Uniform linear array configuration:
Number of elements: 48
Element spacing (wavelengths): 0.75
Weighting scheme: hamming
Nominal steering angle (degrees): -60
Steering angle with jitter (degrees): -58.216
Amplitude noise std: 0.05
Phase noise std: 0.05

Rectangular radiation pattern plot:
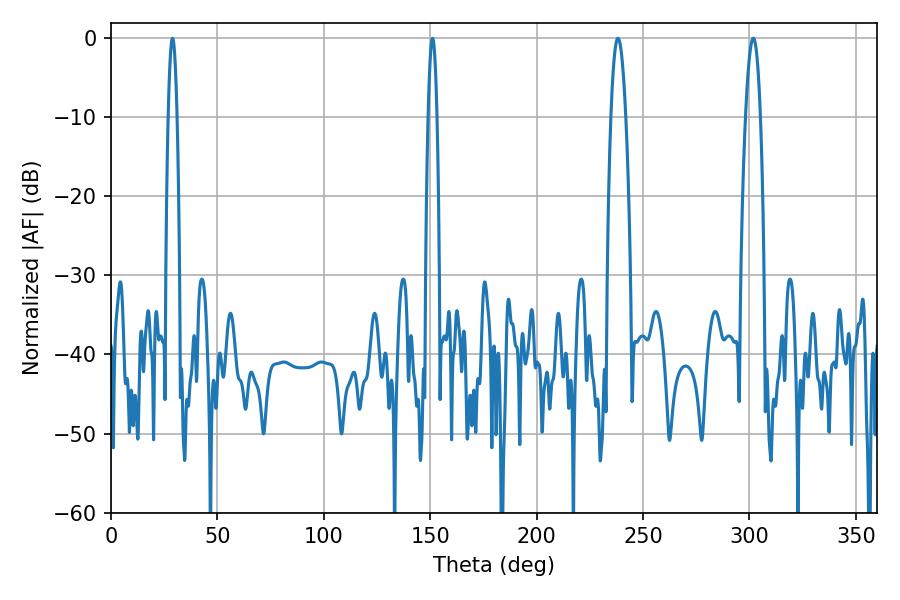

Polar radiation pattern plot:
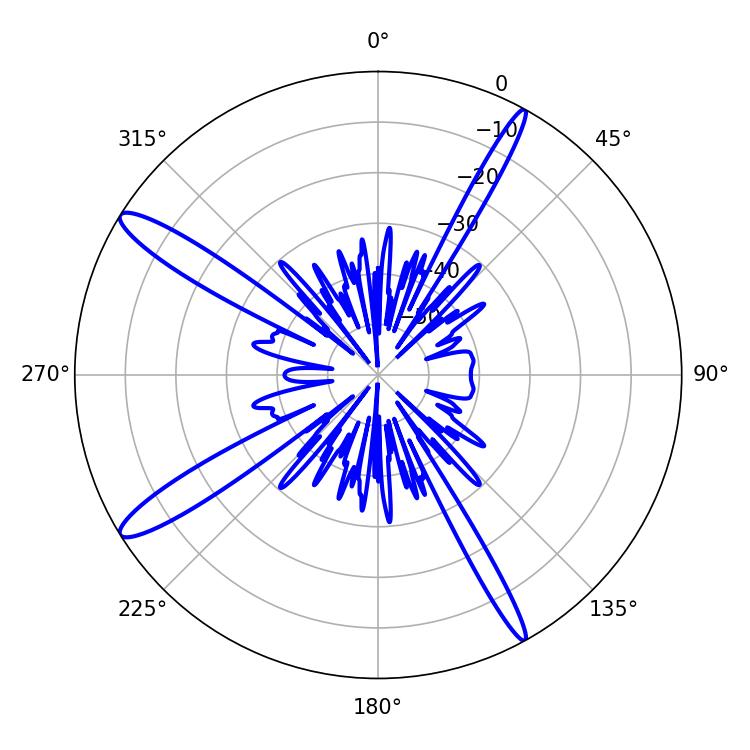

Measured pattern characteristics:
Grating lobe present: TRUE
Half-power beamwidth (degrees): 3.78
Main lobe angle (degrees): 238.14